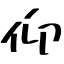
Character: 仰